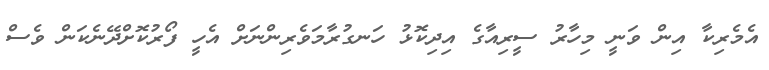
އެމެރިކާ އިން ވަނީ މިހާރު ސީރިއާގެ އިދިކޮޅު ހަނގުރާމަވެރިންނަށް އެހީ ފޯރުކޮށްދޭނެކަން ވެސް